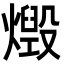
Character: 燬